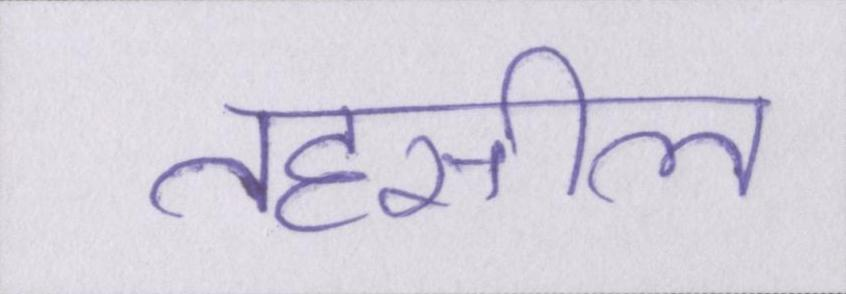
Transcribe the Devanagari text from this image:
तहसील